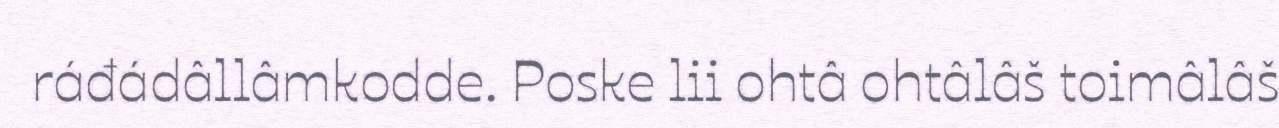
ráđádâllâmkodde. Poske lii ohtâ ohtâlâš toimâlâš